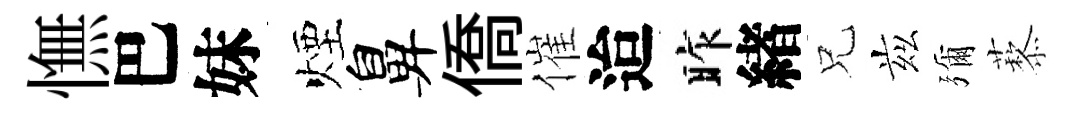
憮巴妹煙鼻僑催迨昨緖兄兹彌藜